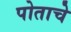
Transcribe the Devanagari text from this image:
पोताचे